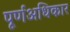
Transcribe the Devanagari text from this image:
पूर्णअधिकार